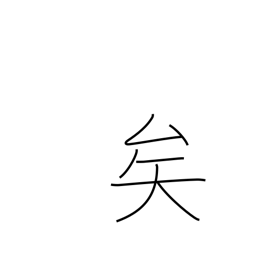
Meaning: sentence particle